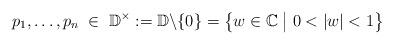
LaTeX: \begin{align*}p_1,\dots,p_n\;\in\; \mathbb D^\times:=\mathbb D\backslash\{0\}=\big\{w\in\mathbb C\;\big|\;0<|w|<1\big\}\end{align*}